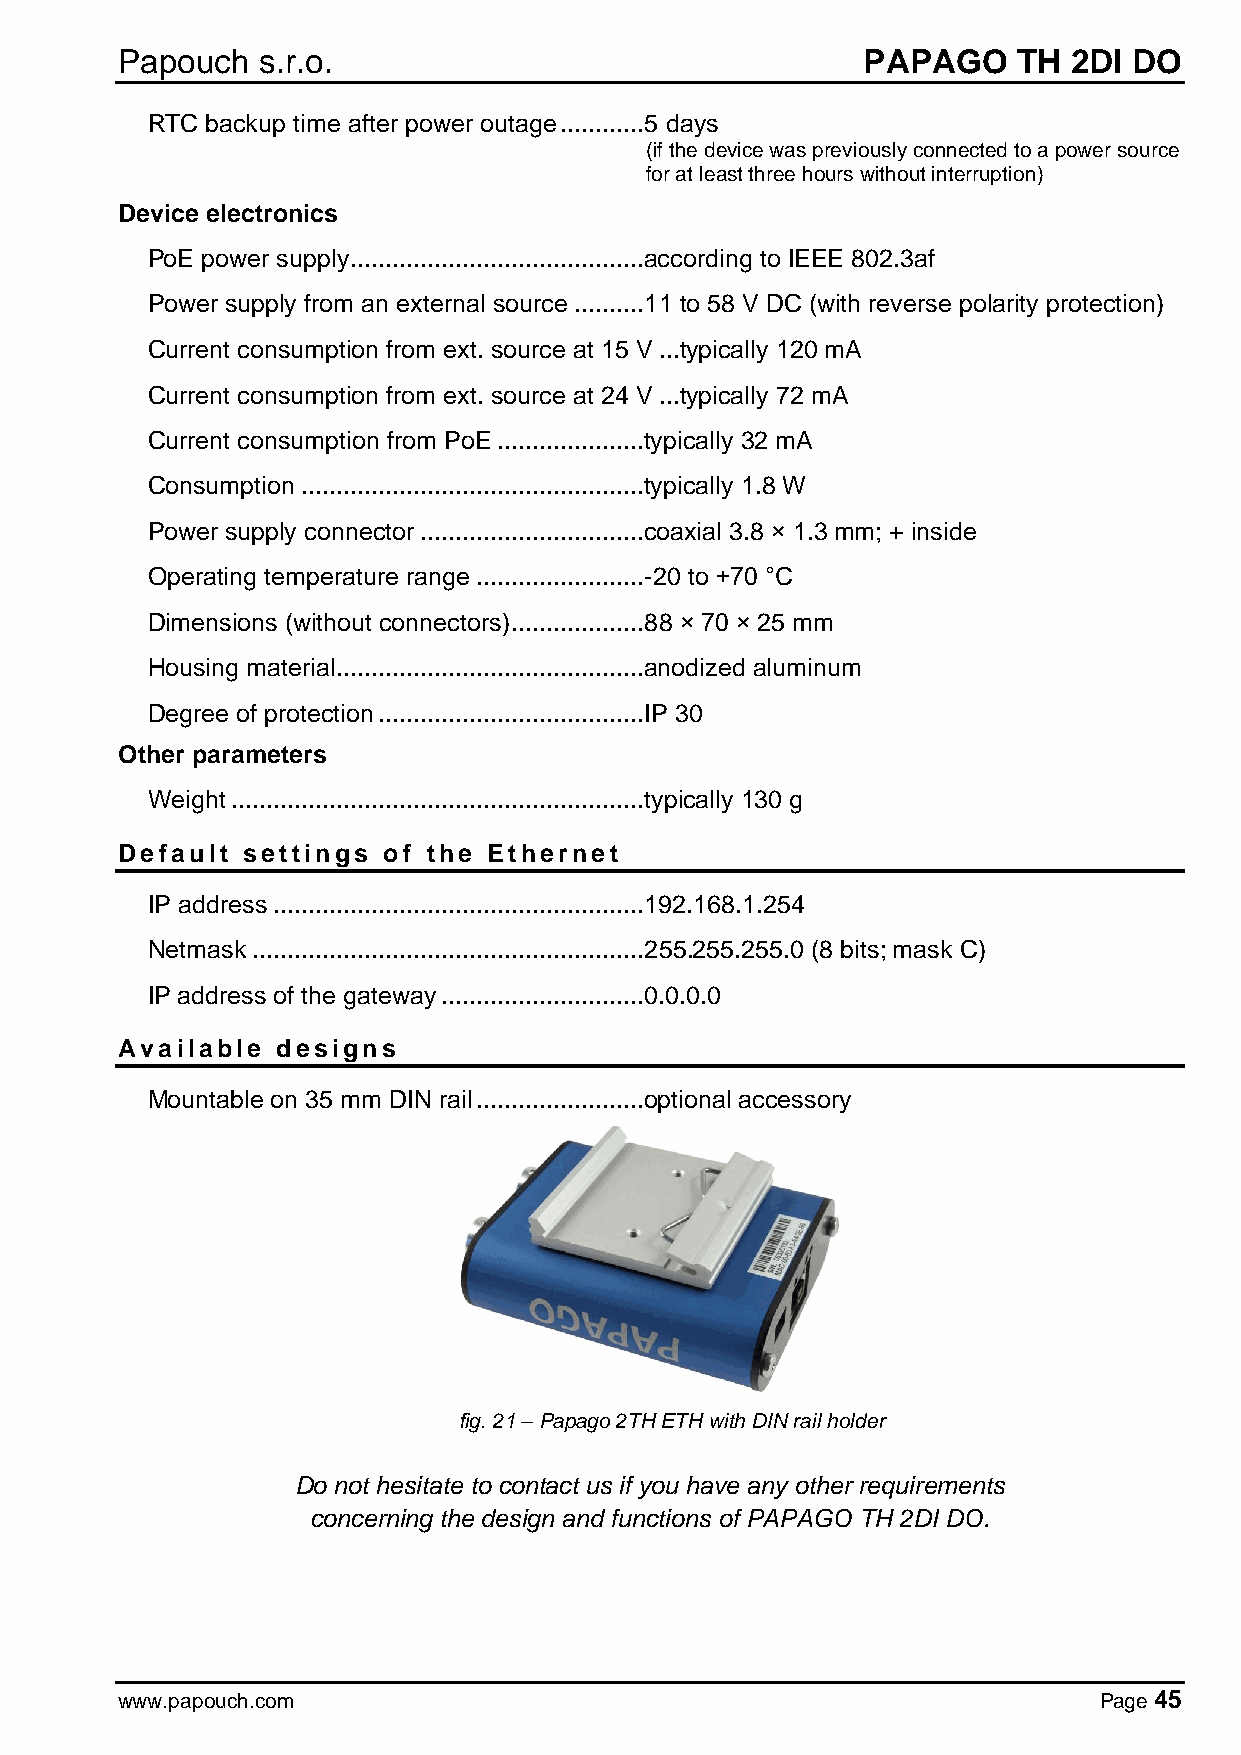
Papouch  s.r.o.                                  PAPAGO    TH  2DI DO
 RTC backup time after power outage ............5 days
 (if the device was previously connected to a power source
 for at least three hours without interruption)
 Device electronics
 PoE power supply ..........................................according to IEEE 802.3af
 Power supply from an external source ..........11 to 58 V DC (with reverse polarity protection)
 Current consumption from ext. source at 15 V ... typically 120 mA
 Current consumption from ext. source at 24 V ... typically 72 mA
 Current consumption from PoE .....................typically 32 mA
 Consumption .................................................typically 1.8 W
 Power supply connector ................................coaxial 3.8 × 1.3 mm; + inside
 Operating temperature range ........................-20 to +70 °C
 Dimensions (without connectors) ...................88 × 70 × 25 mm
 Housing material ............................................anodized aluminum
 Degree of protection ......................................IP 30
 Other parameters
 Weight ...........................................................typically 130 g
 Default settings of the Ethernet
 IP address .....................................................192.168.1.254
 Netmask ........................................................255.255.255.0 (8 bits; mask C)
 IP address of the gateway .............................0.0.0.0
 Available designs
 Mountable on 35 mm DIN rail ........................optional accessory
 fig. 21 – Papago 2TH ETH with DIN rail holder
 Do not hesitate to contact us if you have any other requirements
 concerning the design and functions of PAPAGO TH 2DI DO.
 www.papouch.com                                                  Page 45